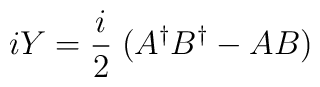
iY=\frac{i}{2}\; (A^\dagger B^\dagger -AB)